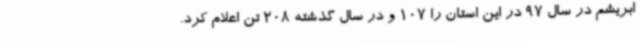
ابریشم در سال 97 در این استان را 107 و در سال گذشته 208 تن اعلام کرد.